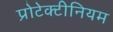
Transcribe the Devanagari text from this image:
प्रोटेक्टीनियम